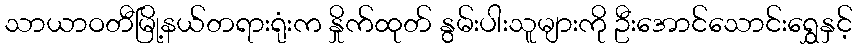
သာယာဝတီမြို့နယ်တရားရုံးက နှိုက်ထုတ် နွမ်းပါးသူများကို ဦးအောင်သောင်းရွှေနှင့်